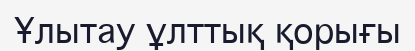
Ұлытау ұлттық қорығы